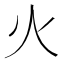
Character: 火